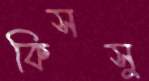
কিসসু